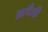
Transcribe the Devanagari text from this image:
अगैती